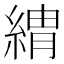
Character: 𦂈